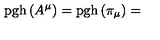
\mathrm { p g h } \left( A ^ { \mu } \right) = \mathrm { p g h } \left( \pi _ { \mu } \right) =